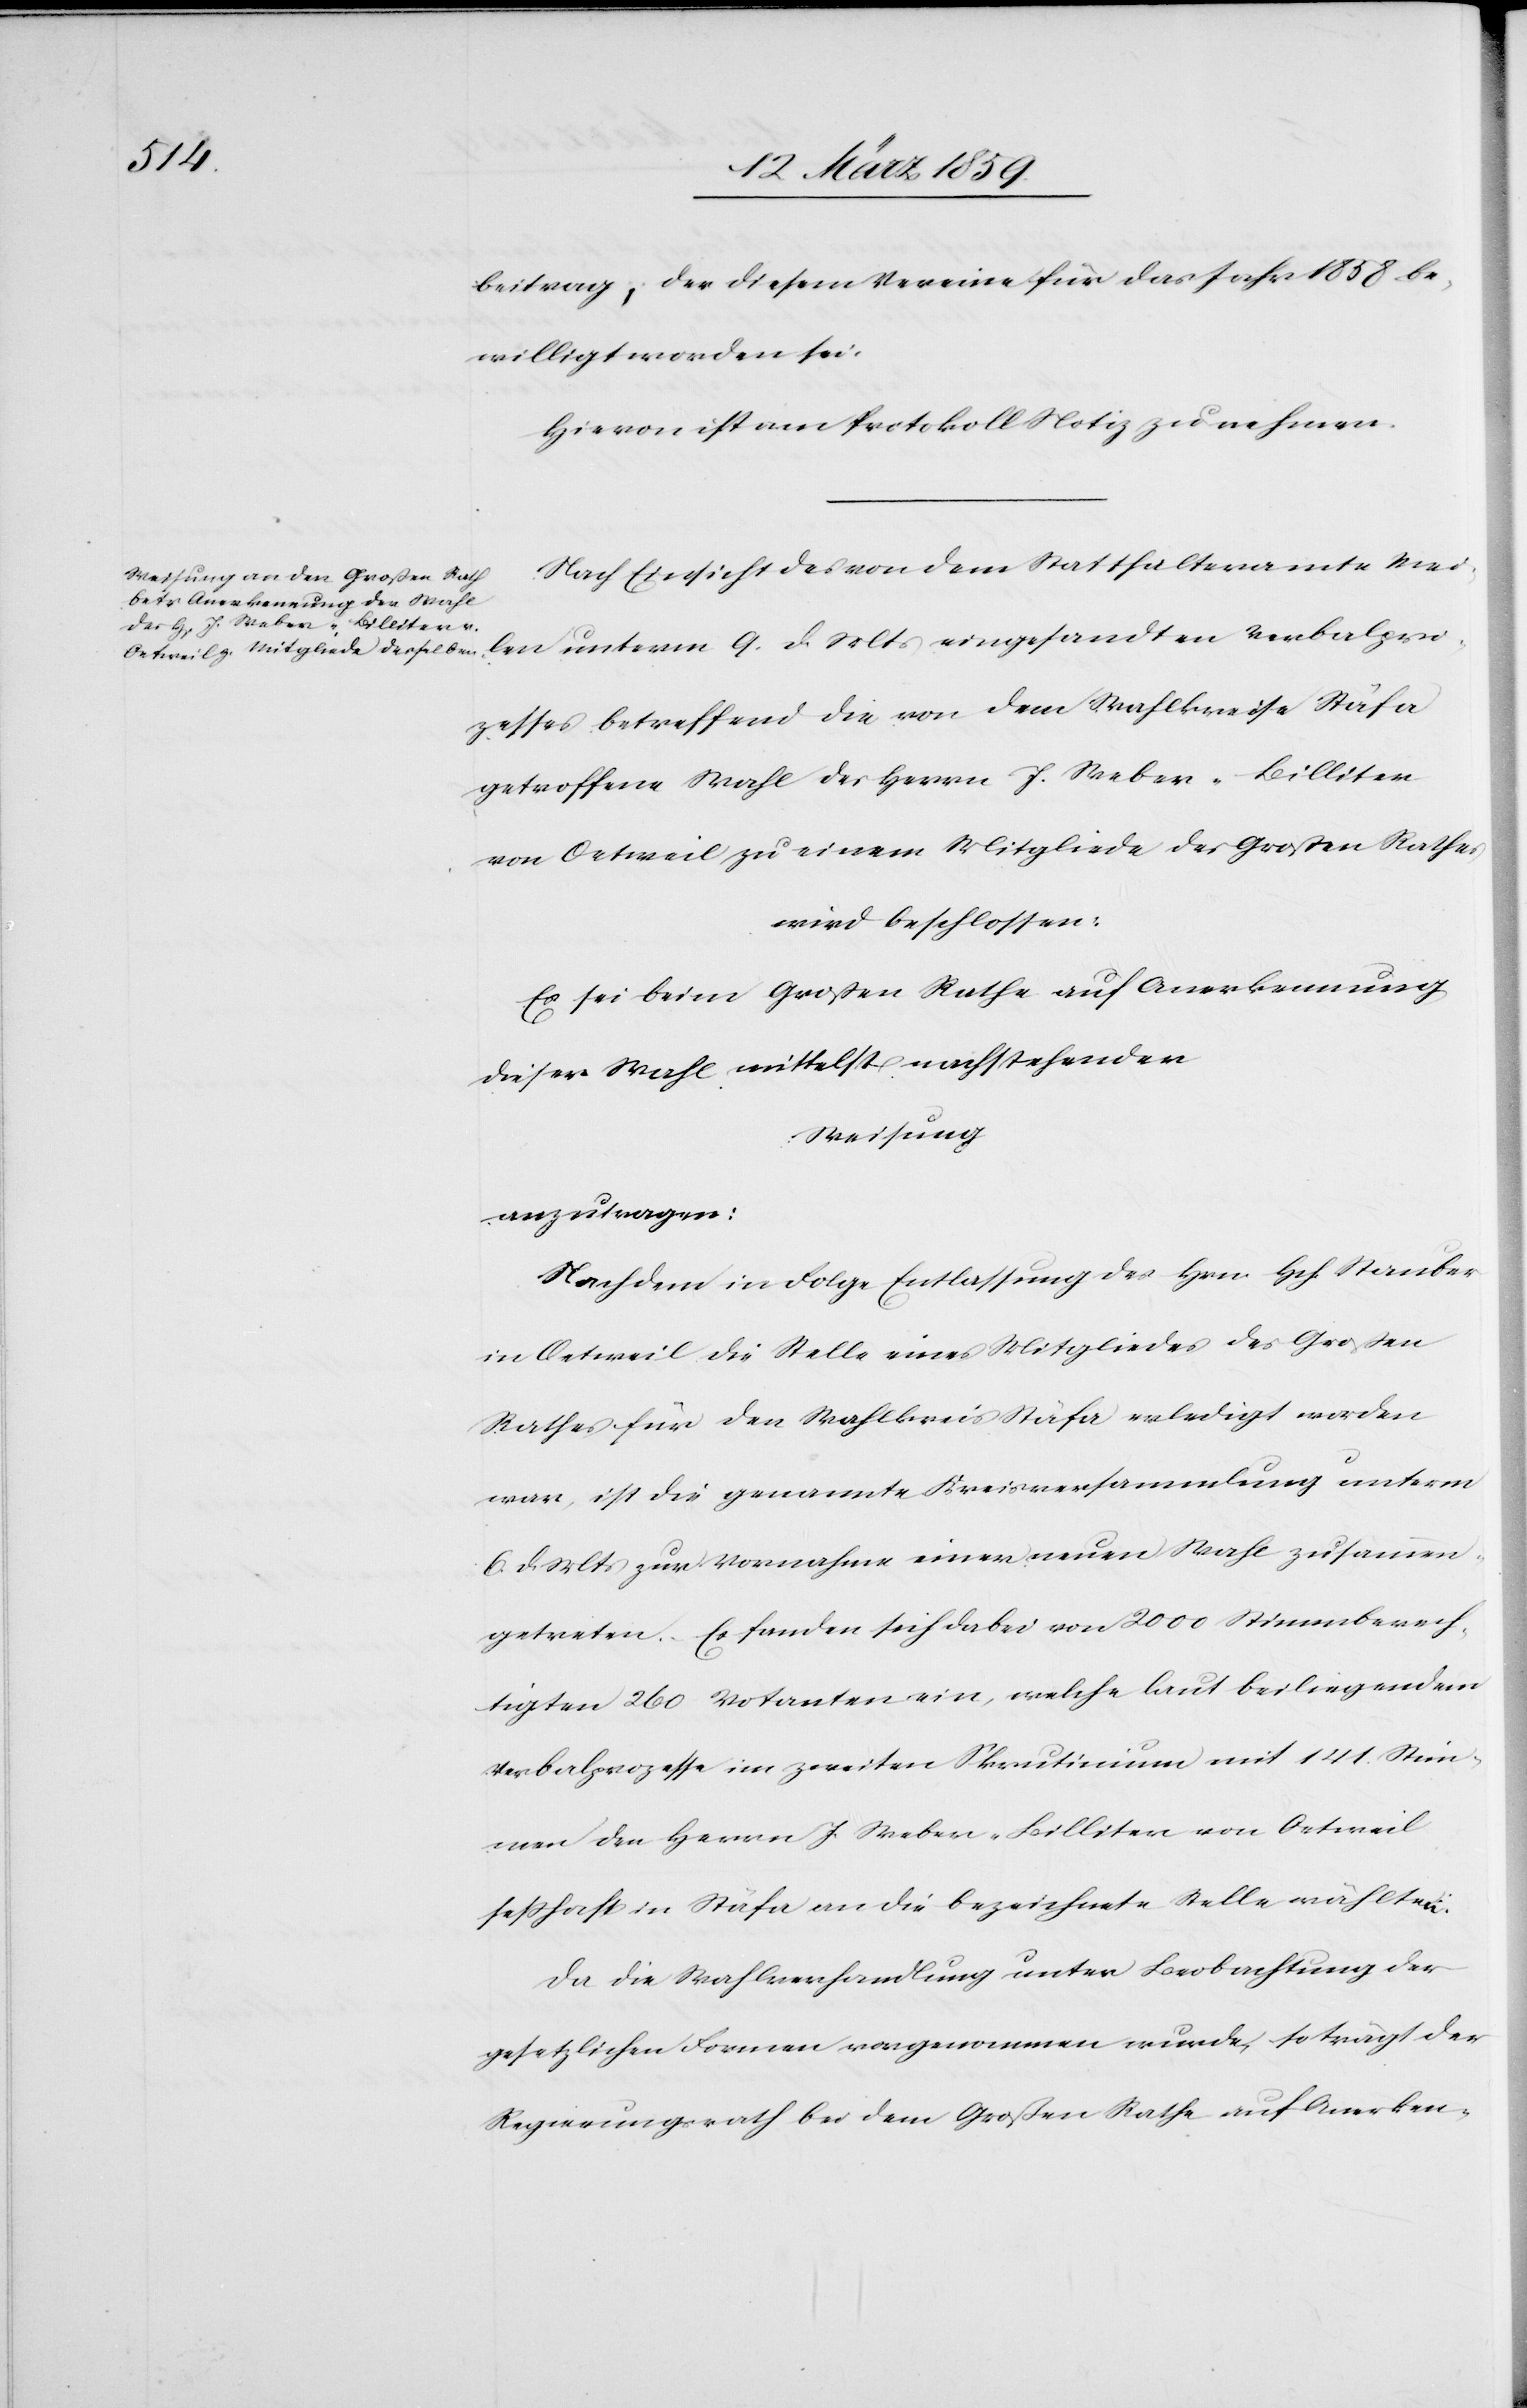
beitrag, der diesem Vereine für das Jahr 1858 be¬
willigt worden sei.
Hievon ist am Protokoll Notiz zu nehmen.
Nach Einsicht des von dem Statthalteramte Meilen
getroffene Wahl des Herrn J. Weber-Billiter
von Oetweil zu einem Mitgliede des Großen Rathes
wird beschlossen:
Es sei beim Großen Rathe auf Anerkennung
dieser Wahl mittelst nachstehender
Weisung
anzutragen:
Nachdem in Folge Entlassung des Hrn. Hch. Stauber
in Oetweil die Stelle eines Mitgliedes des Großen
Rathes für den Wahlkreis Stäfa erledigt worden
war, ist die genannte Kreisversammlung unterm
6. d. Mts zur Vornahme einer neuen Wahl zusammen¬
getreten. Es fanden sich dabei von 2000 Stimmberech¬
tigten 260 Votanten ein, welche laut beiliegendem
Verbalprozesse im zweiten Skrutinium mit 141. Stim¬
men den Herrn J Weber-Billiter von Oetweil
seßhaft in Stäfa an die bezeichnete Stelle wählten:
Da die Wahlverhandlung unter Beobachtung der
gesetzlichen Formen vorgenommen wurde, so trägt der
Regierungsrath bei dem Großen Rathe auf Anerken-